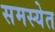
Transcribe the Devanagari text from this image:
समस्येत